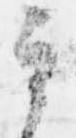
其